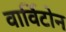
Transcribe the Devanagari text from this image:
वार्विटोन